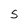
Character: S